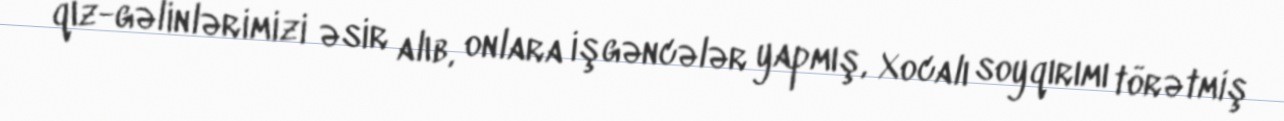
qız-gəlinlərimizi əsir alıb, onlara işgəncələr yapmış, Xocalı soyqırımı törətmiş